65_HS1-834228961_62-HQ-83894_Section_5
Agency: FBI
Page 13
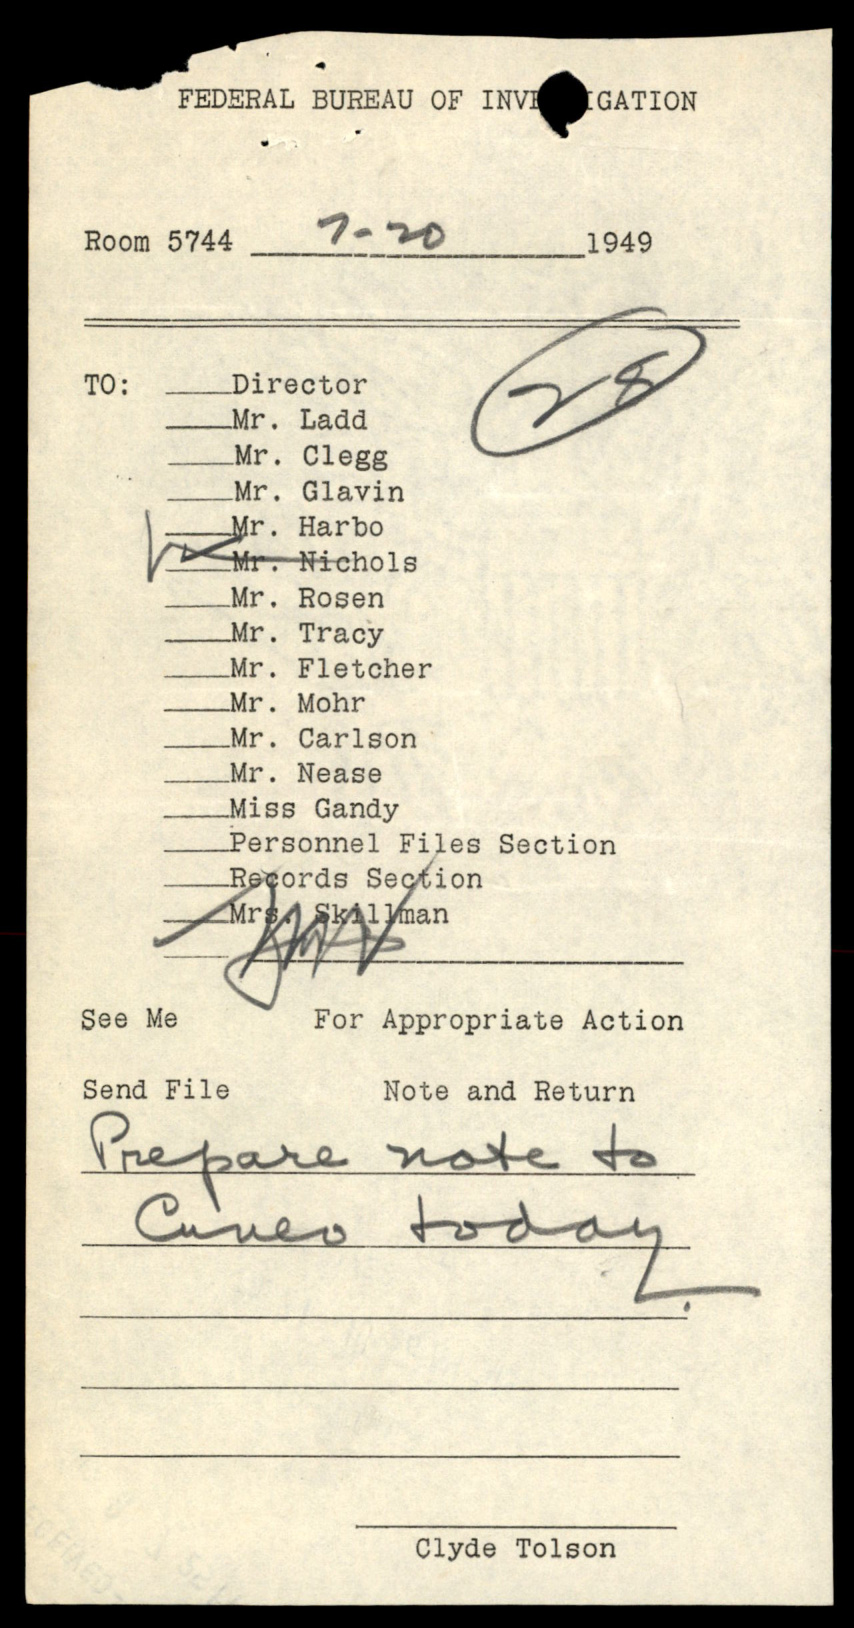